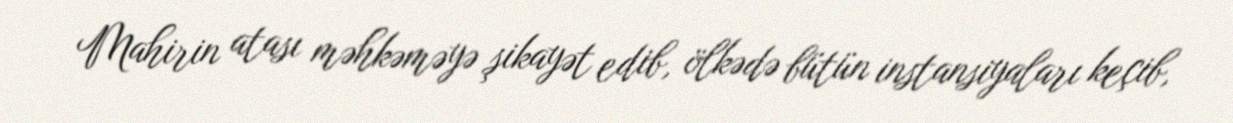
Mahirin atası məhkəməyə şikayət edib, ölkədə bütün instansiyaları keçib,